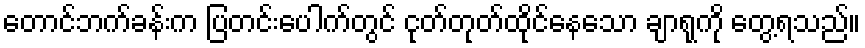
တောင်ဘက်ခန်းက ပြတင်းပေါက်တွင် ငုတ်တုတ်ထိုင်နေသော ချာရုကို တွေ့ရသည်။